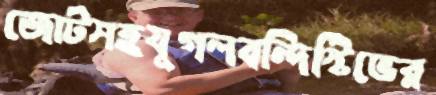
জোটসহযুগলবন্দিস্টিভের